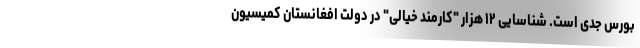
بورس جدی است. شناسایی ۱۲ هزار "کارمند خیالی" در دولت افغانستان کمیسیون